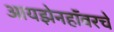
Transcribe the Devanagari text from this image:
आयझेनहॉवरचे